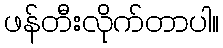
ဖန်တီးလိုက်တာပါ။